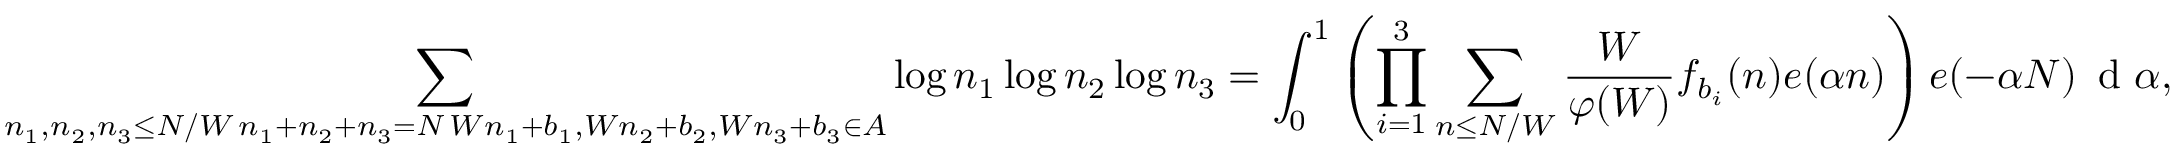
\sum _ { \substack { n _ { 1 } , n _ { 2 } , n _ { 3 } \leq N / W \, n _ { 1 } + n _ { 2 } + n _ { 3 } = N \, W n _ { 1 } + b _ { 1 } , W n _ { 2 } + b _ { 2 } , W n _ { 3 } + b _ { 3 } \in A } } \log n _ { 1 } \log n _ { 2 } \log n _ { 3 } = \int _ { 0 } ^ { 1 } \left( \prod _ { i = 1 } ^ { 3 } \sum _ { \substack { n \leq N / W } } \frac { W } { \varphi ( W ) } f _ { b _ { i } } ( n ) e ( \alpha n ) \right) e ( - \alpha N ) \, \textnormal { d } \alpha ,